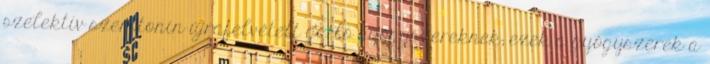
szelektív szerotonin újrafelvételt gátló gyógyszereknek; ezek a gyógyszerek a